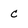
Character: c